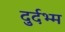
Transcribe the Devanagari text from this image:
दुर्दभ्म